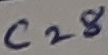
Text: C28